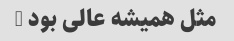
مثل همیشه عالی بود …